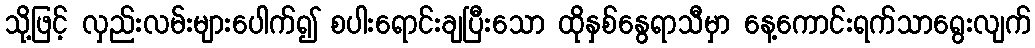
သို့ဖြင့် လှည်းလမ်းများပေါက်၍ စပါးရောင်းချပြီးသော ထိုနှစ်နွေရာသီမှာ နေ့ကောင်းရက်သာရွေးလျက်